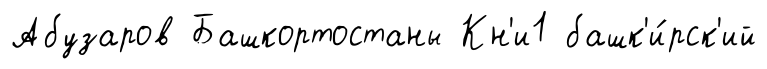
Абузаров Башкортостаны Кн'и1 башк'и́рск'ий